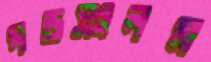
গড়সংলগ্ন